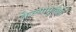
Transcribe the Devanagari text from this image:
केल्यामुळेही